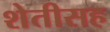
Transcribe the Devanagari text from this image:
शेतीसह